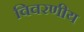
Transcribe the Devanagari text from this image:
विवरणीय